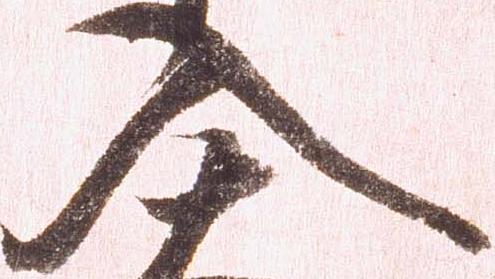
入